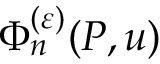
\Phi _ { n } ^ { ( \varepsilon ) } ( P , u )